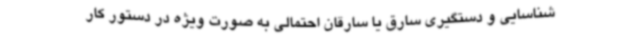
شناسایی و دستگیری سارق یا سارقان احتمالی به صورت ویژه در دستور کار